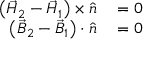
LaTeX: \begin{array} { r l } { \left( { \vec { H } } _ { 2 } - { \vec { H } } _ { 1 } \right) \times { \hat { n } } } & { { } = 0 } \\ { \left( { \vec { B } } _ { 2 } - { \vec { B } } _ { 1 } \right) \cdot { \hat { n } } } & { { } = 0 } \end{array}